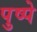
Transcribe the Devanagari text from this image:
पुष्पे